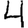
Digit: 4